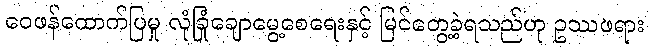
ဝေဖန်ထောက်ပြမှု လုံခြုံချောမွေ့စေရေးနှင့် မြင်တွေ့ခဲ့ရသည်ဟု ဥဿဖရား